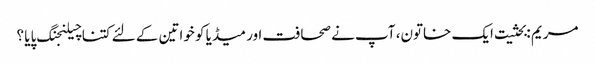
مریم :بحثیت ایک خاتون، آپ نے صحافت اور میڈیا کو خواتین کے لئے کتنا چیلنجنگ پایا ؟